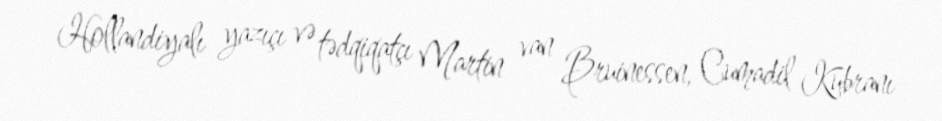
Hollandiyalı yazıçı və tədqiqatçı Martin van Bruinessen, Cumadil Kubranı